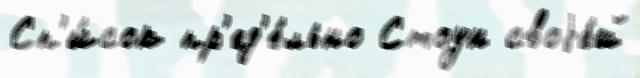
Сп'и́сок пр'ед'е́льно Стоун своjе́й